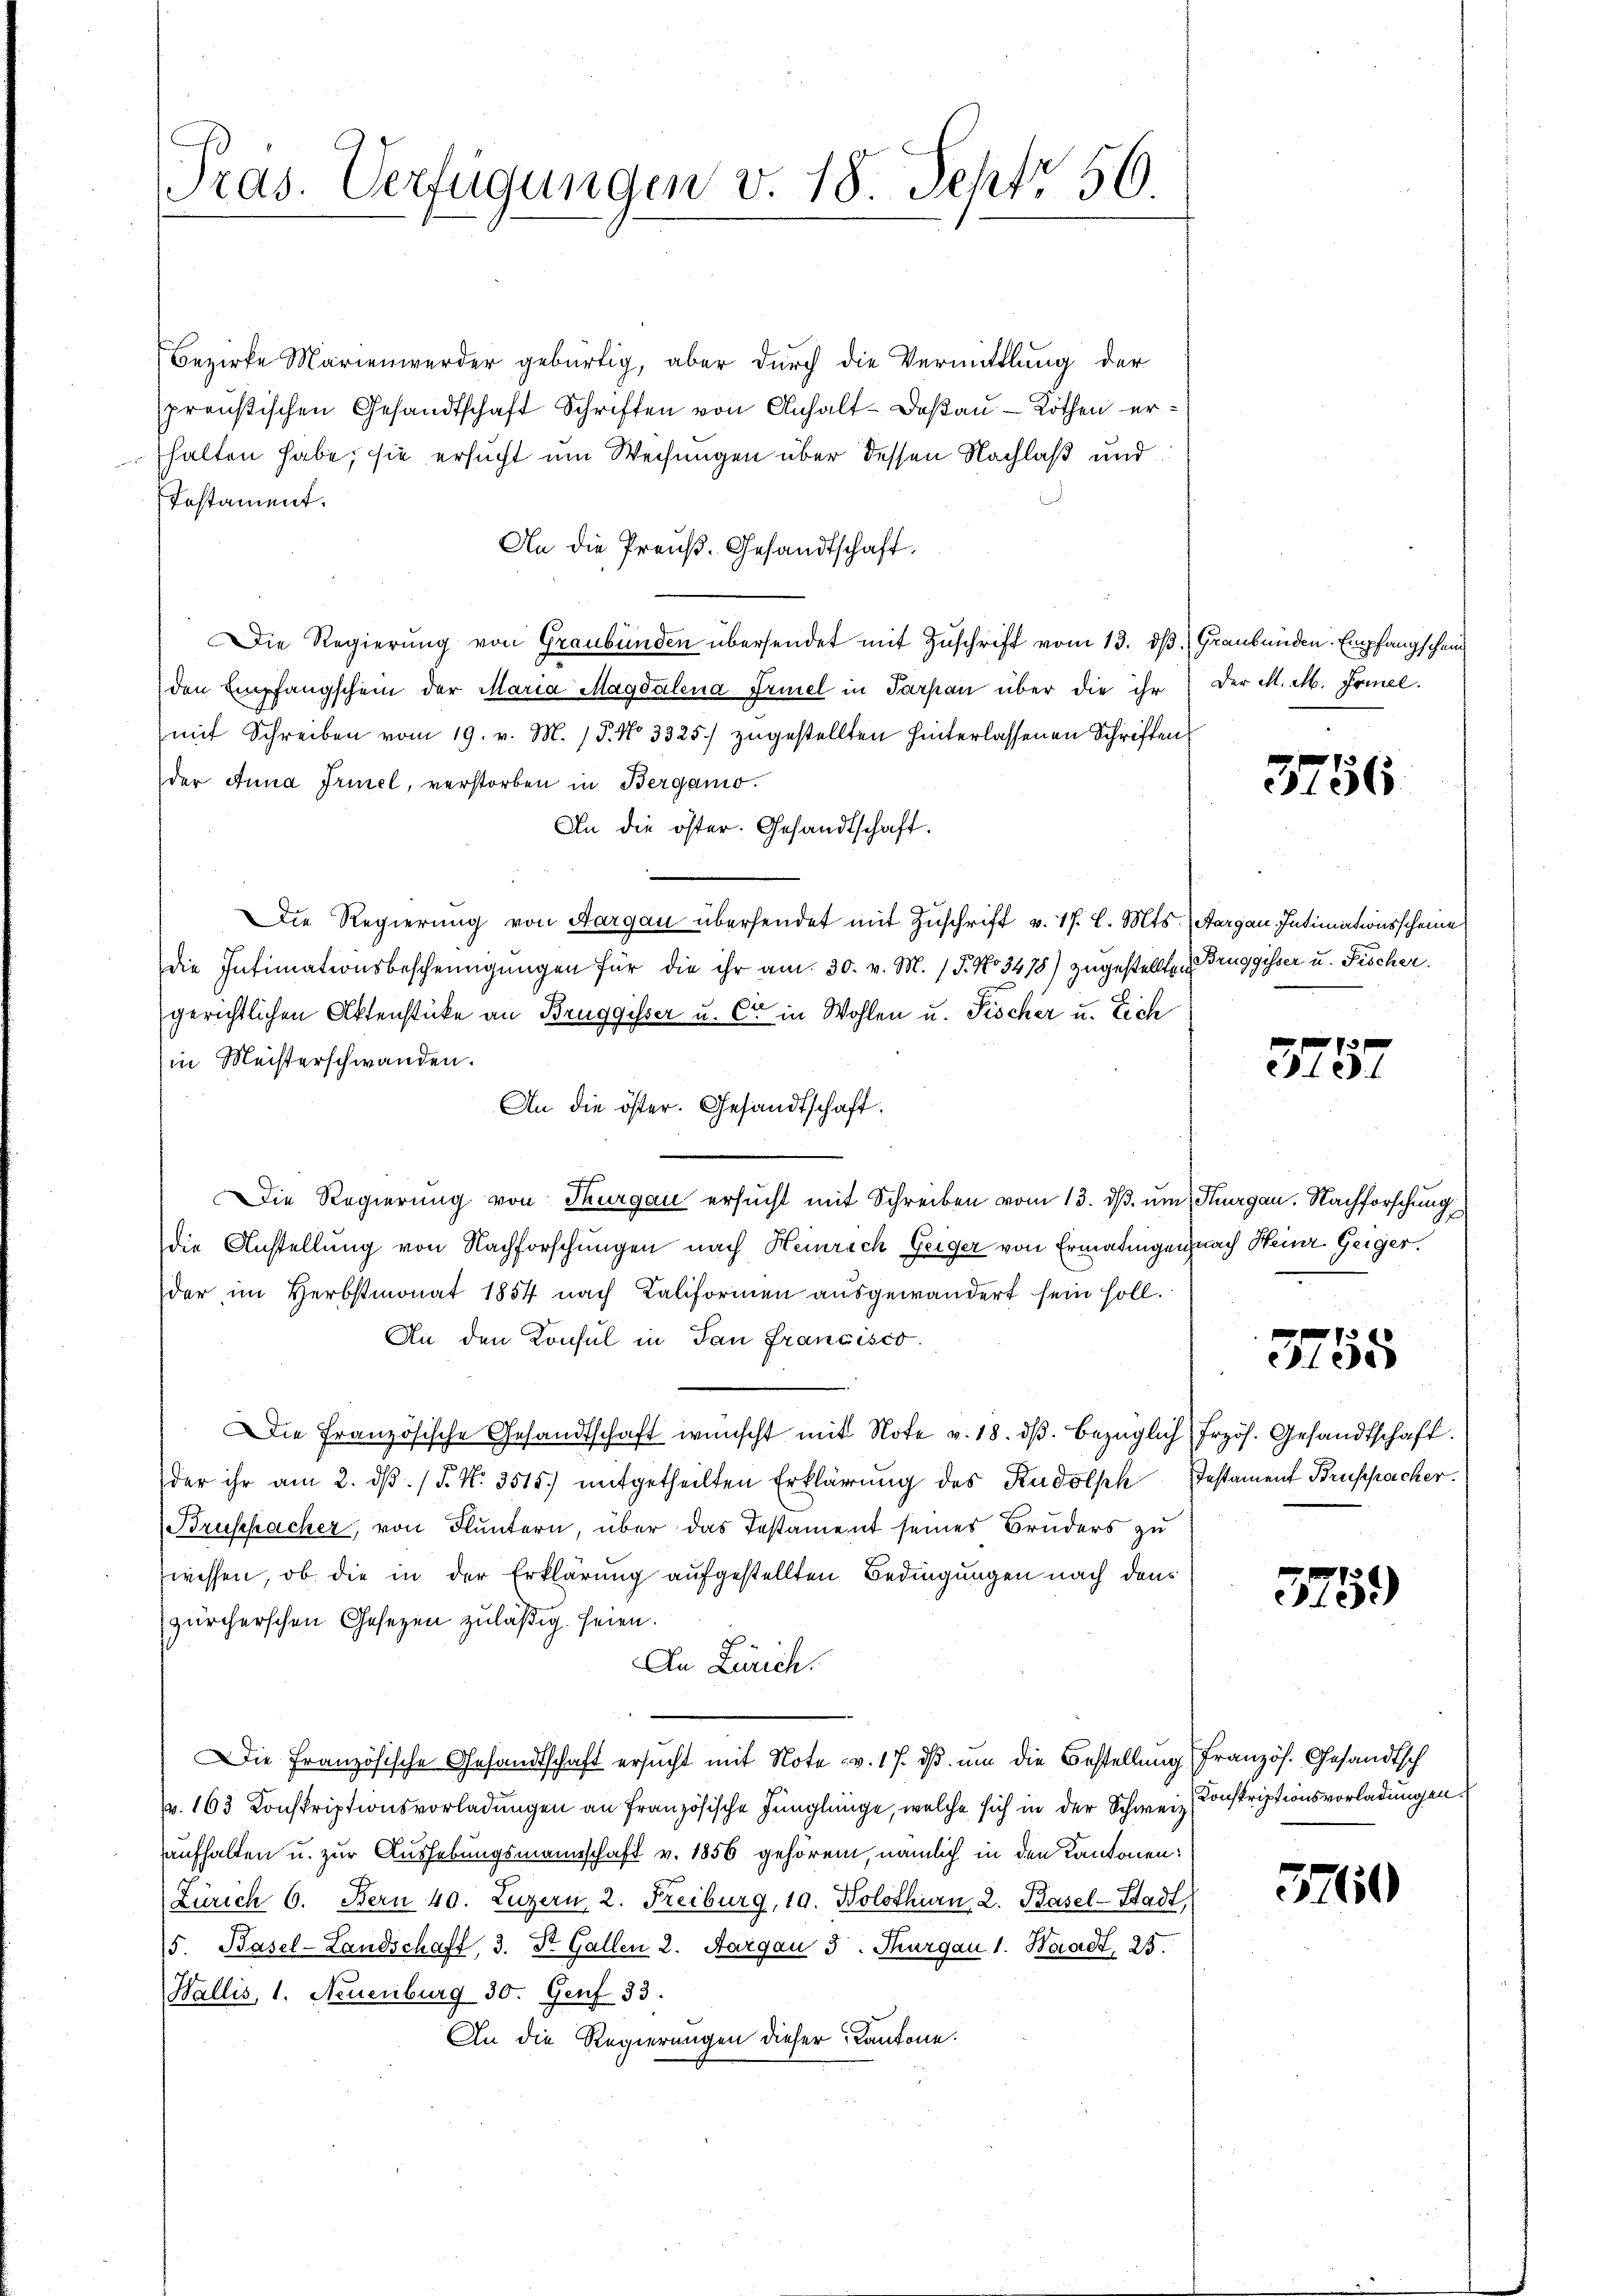
Pras. Verfügungen v. 18. Sept. 56.

Bezirke Marienwerder gebürtig, aber durch die Vermittlung der
preußischen Gesandtschaft Schriften von Anhalt-Doßau - Köthen erhalten habe, sie ersucht um Weisungen über dessen Nachlaß und
Testament.
An die Preuß. Gesandtschaft.
Die Regierŭng von Graubünden übersendet mit Zŭschrift vom 13. dβ.  Graubünden. Empfangschein
den Empfangschein der Maria Magdalena Friel in Parten über die ihr
mit Schreiben vom 19. v. M. 15. No 3325) zugestellten hinterlassenen Schriften
der Anna Frünel, verstorben in Berganio.
An die öster. Gesandtschaft.
Die Regierung von Aargau übersendet mit Zuschrift v. 17. d. Mts. Aargau Intimationsscheine
die Intimationsbescheinigungen für die ihr am 30. v. M. (T. No 3478) zugestellte Bruggisser u. Fischer.
gerichtlichen Aktenstücke an Bruggisser u. Cie in Wohlen u. Fischer u. Eich
in Meisterschwanden.
An die öster. Gesandtschaft.
f
Die Regierung von Thurgau ersucht mit Schreiben vom 13. ds. um Thurgau. Nachforschung
die Anstellung von Nachforschungen nach Heinrich Geiger von Ermatingen nach Heinr. Geiger.
der im Herbstmonat 1854 nach Kaliformen ausgewandert sein soll.
An den Konsul in San Francisco
Die französische Gesandtschaft wünscht mit Note v. 18. dβ. bezüglich frzös. Gesandtschaft.
der ihr am 2. dβ. / 5. No. 3515.) mitgetheilten Erklärung des Rudolph Pestament Bruspacher.
Bruschacher, von Fluntern, über das Testament seines Bruders zu
wessen, ob die in der Erklärung aufgestellten Bedingungen nach den
zürcherschen Gesezen zuläßig seien.
An Zürich.
Die Französische Gesandtschaft ersucht mit Note v. 17. ds. um die Bestellung Französ. Gesandtsch
. 163 Konskriptionsvorladungen an französische Jünglinge, welche sich in der Schweiz. Konskriptionsvorladungen.
aufhalten u. zur Aushebungsmannschaft v. 1856 gehören, nämlich in den Kantonen:
Zürich 6. Bern 40. Luzern, 2. Freiburg, 19. Nolothurn, 2. Basel-Stadt
5. Basel-Landschaft, 3. St. Gallen 2. Aargau 3. Thurgau 1. Waadt, 25.
Wallis, 1. Neuenburg 30. Genf 83.
An die Regierungen dieser Kantone.

Der M. M. Frinel.

3756

375.

0 000
e

375.

3760